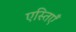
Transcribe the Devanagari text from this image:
एस्तिएँ